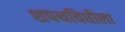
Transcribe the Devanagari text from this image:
शपथविधीला